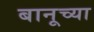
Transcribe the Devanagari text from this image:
बानूच्या